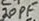
Text: 20pF